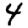
Digit: 4